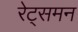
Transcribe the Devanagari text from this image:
रेट्समन